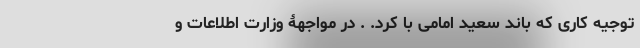
توجیه کاری که باند سعید امامی با کرد. . در مواجهۀ وزارت اطلاعات و